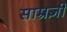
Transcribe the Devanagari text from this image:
साम्रज्ञी